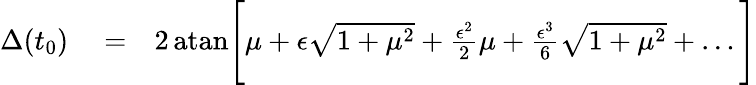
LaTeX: \begin{array}{rlr}{\Delta(t_{0})}&{{}=}&{2\, \mathrm{atan}\Bigg[\mu+\epsilon\sqrt{1+\mu^{2}}+{\frac{\epsilon^{2}}{2}}\mu+{\frac{\epsilon^{3}}{6}}\sqrt{1+\mu^{2}}+\ldots\Bigg]}\end{array}